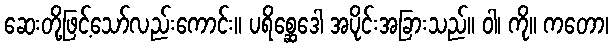
ဆေးတို့ဖြင့်သော်လည်းကောင်း။ ပရိစ္ဆေဒေါ အပိုင်းအခြားသည်။ ဝါ၊ ကို။ ကတော၊